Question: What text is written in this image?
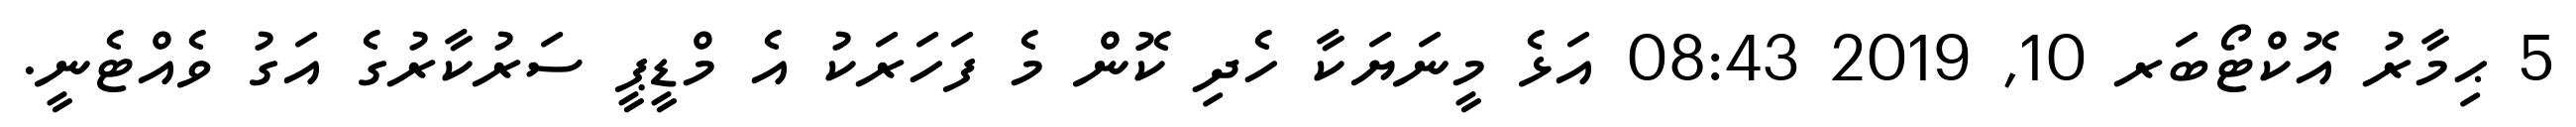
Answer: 5 ޙިމާރު އޮކްޓޯބަރ 10, 2019 08:43 އަޅެ މީނަޔަކާ ހެދި ކޮން މެ ފަހަރަކު އެ މްޑީޕީ ސަރުކާރުގެ އަގު ވެއްޓެނީ.